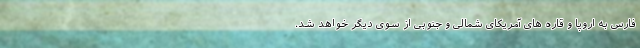
فارس به اروپا و قاره های آمریکای شمالی و جنوبی از سوی دیگر خواهد شد.